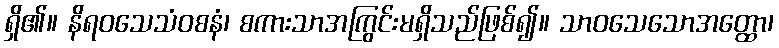
ရှိ၏။ နိရဝသေသံဝစနံ၊ စကားသာအကြွင်းမရှိသည်ဖြစ်၍။ သာဝသေသောအတ္ထော၊